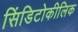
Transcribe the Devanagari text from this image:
सिंडिटोकीलिक